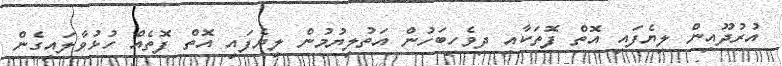
އުރުދޫއިން ލިޔެފައި އޮތް ފޮތަކާއި ދިވެހިބަހުން އަތުލިޔުމުން ލިޔެފައި އޮތް ފޮތެއް ހުޅުވާލައިގެން